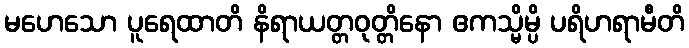
မဟေသော ပူရေထာတိ နိရာယတ္တဝုတ္တိနော ဧကသ္မိမ္ပိ ပရိဟရာမီတိ